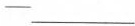
-___